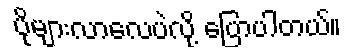
ပိုများလာလေပဲလို့ ပြောပါတယ်။